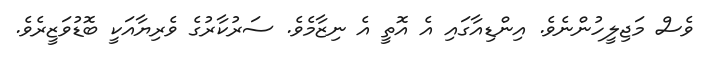
ވެސް މަޖިލީހުންނެވެ. އިންޑިއާގައި އެ އޮތީ އެ ނިޒާމެވެ. ސަރުކާރުގެ ވެރިޔާއަކީ ބޮޑުވަޒީރެވެ.